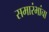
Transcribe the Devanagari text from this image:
समारंभांचा